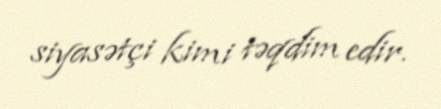
siyasətçi kimi təqdim edir.